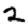
Digit: 2